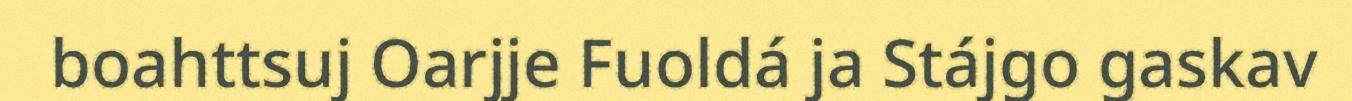
boahttsuj Oarjje Fuoldá ja Stájgo gaskav